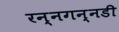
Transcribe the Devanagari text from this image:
रन्नगन्नडी